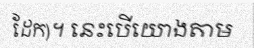
ដែក)។ នេះបើយោងតាម